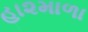
હા૨માળા